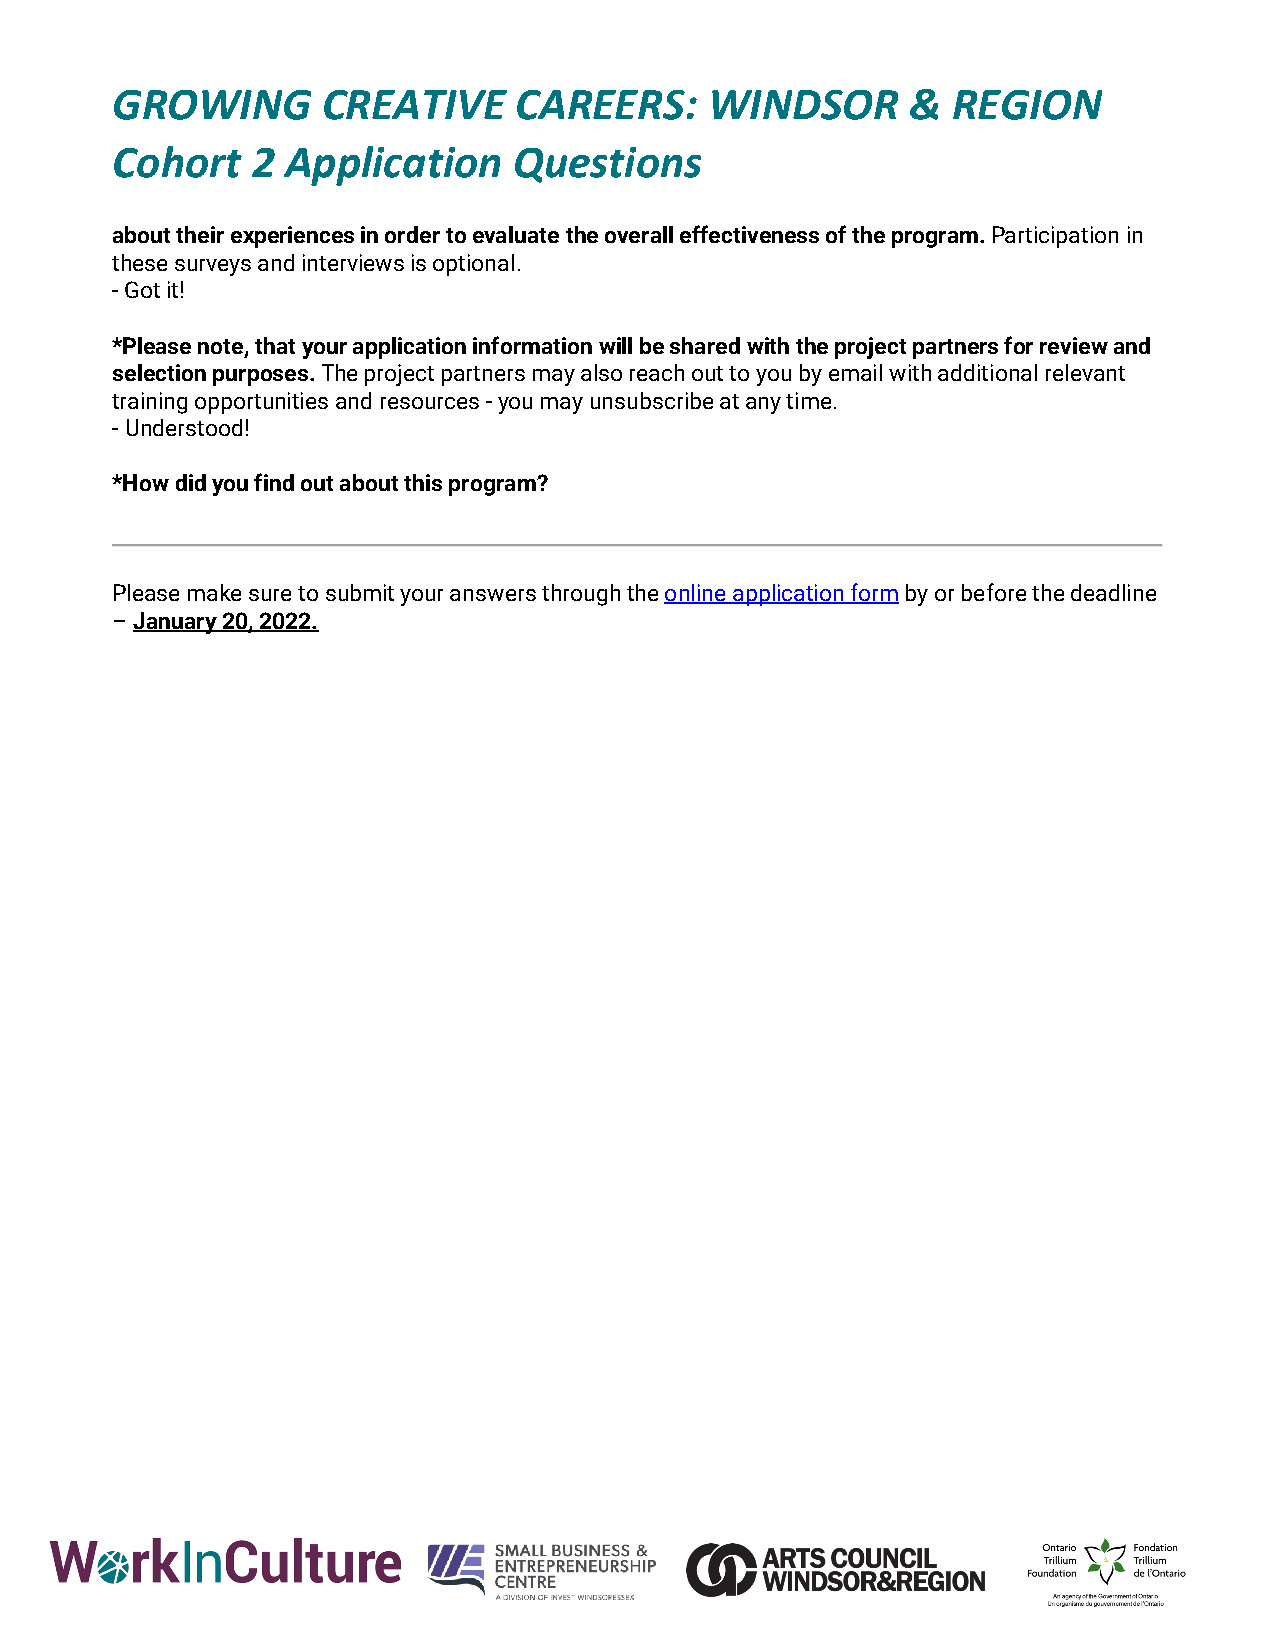
GROWING       CREATIVE     CAREERS:     WINDSOR      &  REGION
 Cohort    2 Application    Questions
 about their experiences in order to evaluate the overall effectiveness of the program. Participation in
 these surveys and interviews is optional.
 - Got it!
 *Please note, that your application information will be shared with the project partners for review and
 selection purposes. The project partners may also reach out to you by email with additional relevant
 training opportunities and resources - you may unsubscribe at any time.
 - Understood!
 *How did you find out about this program?
 Please make sure to submit your answers through the online application form by or before the deadline
 – January 20, 2022.